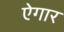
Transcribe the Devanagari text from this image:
ऐगार